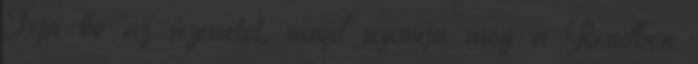
Írja be az üzenetet, majd nyomja meg a Rendben